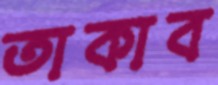
তাকাব